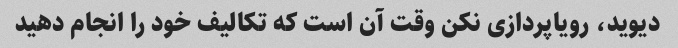
دیوید، رویاپردازی نکن وقت آن است که تکالیف خود را انجام دهید